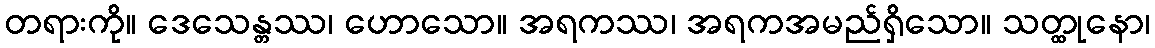
တရားကို။ ဒေသေန္တဿ၊ ဟောသော။ အရကဿ၊ အရကအမည်ရှိသော။ သတ္ထုနော၊